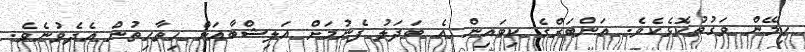
ހިމޭން ވަގުތުކޮޅެކެވެ. އަންބަރްގެ ކިބައިން އެ ބަދަލު ފެނުމަށް އަލިޝްބާއަށް ހިތާހިތުން އެދެވުނެވެ.